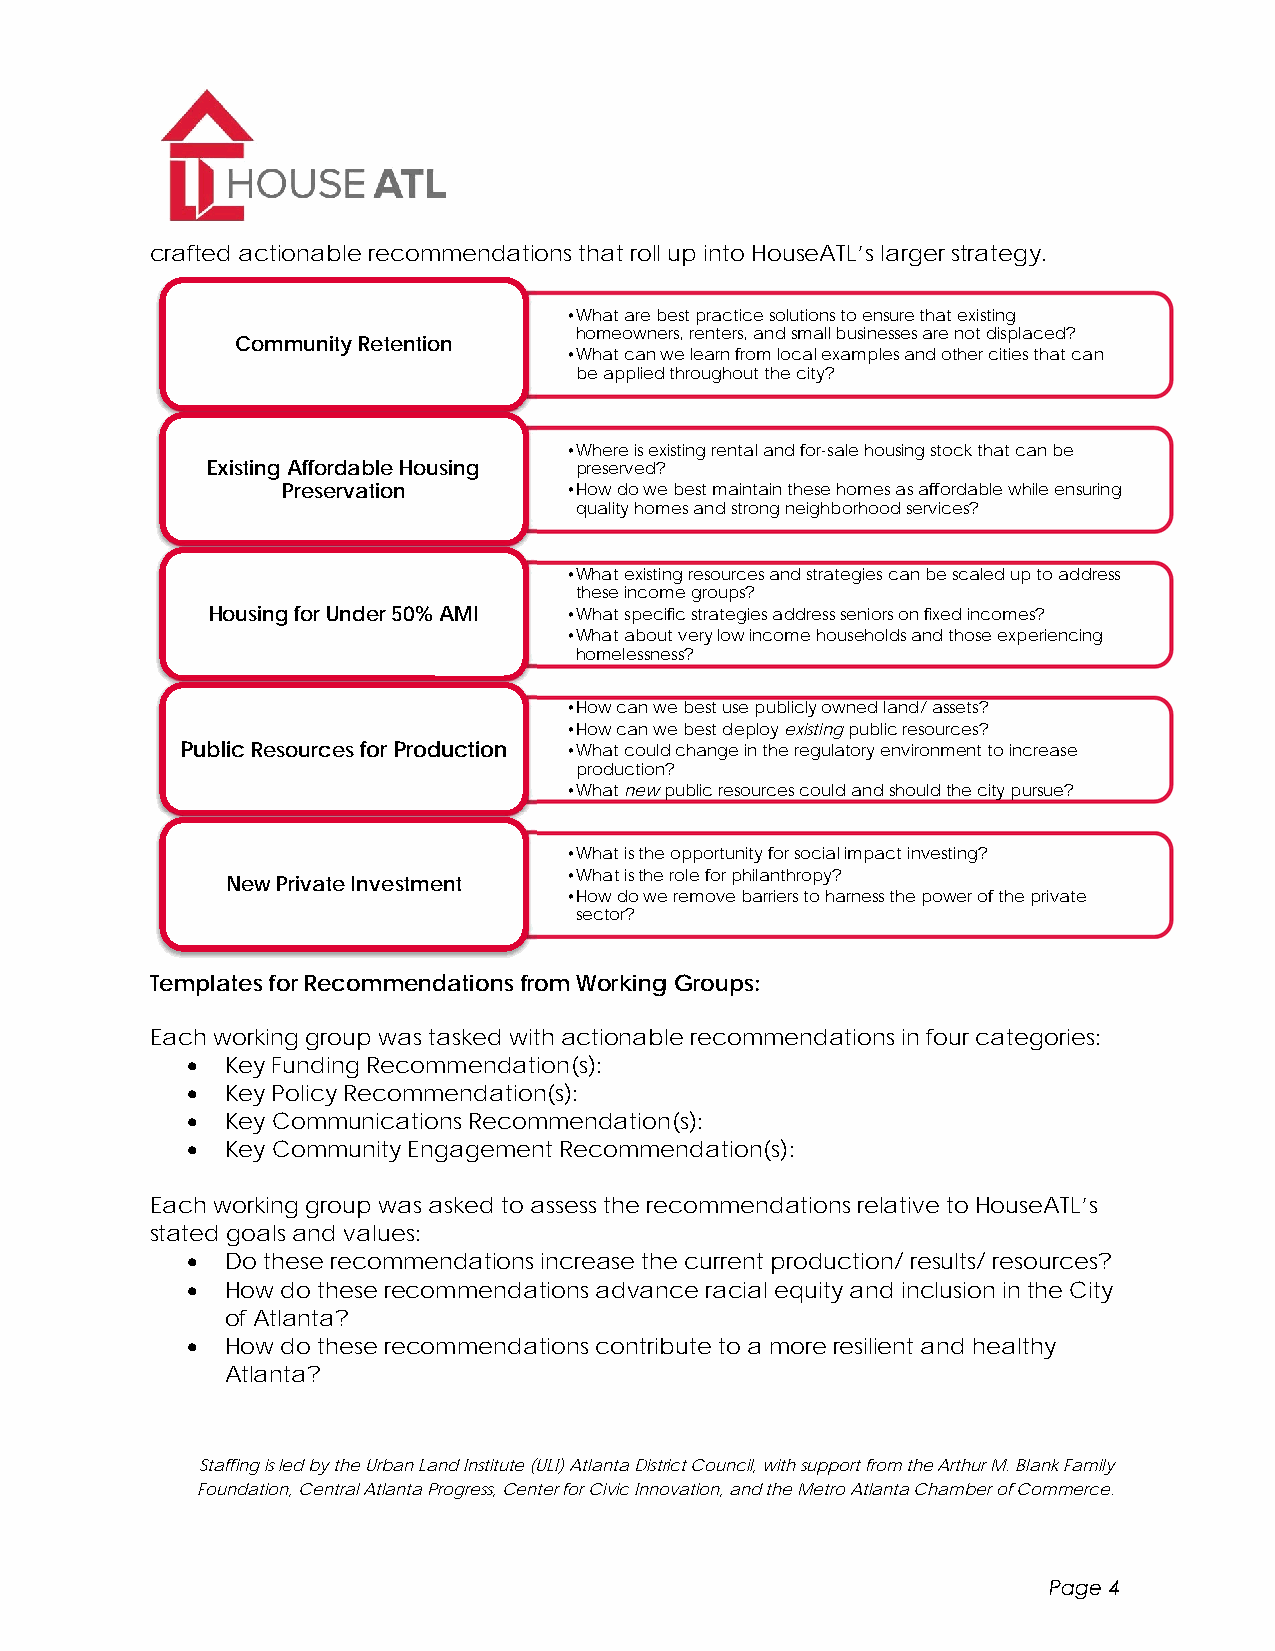
crafted actionable recommendations that roll up into HouseATL’s larger strategy.
 •What are best practice solutions to ensure that existing
 homeowners, renters, and small businesses are not displaced?
 Community Retention
 •What can we learn from local examples and other cities that can
 be applied throughout the city?
 •Where is existing rental and for-sale housing stock that can be
 Existing Affordable Housing preserved?
 Preservation      •How do we best maintain these homes as affordable while ensuring
 quality homes and strong neighborhood services?
 •What existing resources and strategies can be scaled up to address
 these income groups?
 Housing for Under 50% AMI •What specific strategies address seniors on fixed incomes?
 •What about very low income households and those experiencing
 homelessness?
 •How can we best use publicly owned land/ assets?
 •How can we best deploy existingpublic resources?
 Public Resourcesfor Production •What could change in the regulatory environment to increase
 production?
 •What newpublic resources could and should the city pursue?
 •What is the opportunity for social impact investing?
 •What is the role for philanthropy?
 New Private Investment
 •How do we remove barriers to harness the power of the private
 sector?
 Templates for Recommendations from Working Groups:
 Each working group was tasked with actionable recommendations in four categories:
   Key Funding Recommendation(s):
   Key Policy Recommendation(s):
   Key Communications Recommendation(s):
   Key Community Engagement Recommendation(s):
 Each working group was asked to assess the recommendations relative to HouseATL’s
 stated goals and values:
   Do these recommendations increase the current production/ results/ resources?
   How do these recommendations advance racial equity and inclusion in the City
 of Atlanta?
   How do these recommendations contribute to a more resilient and healthy
 Atlanta?
 Staffing is led by the Urban Land Institute (ULI) Atlanta District Council, with support from the Arthur M. Blank Family
 Foundation, Central Atlanta Progress, Center for Civic Innovation, and the Metro Atlanta Chamber of Commerce.
 Page 4